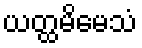
ယတ္ထမိမေသံ